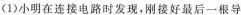
（1）小明在连接电路时发现，刚接好最后一根导